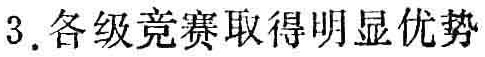
3. 各级竞赛取得明显优势